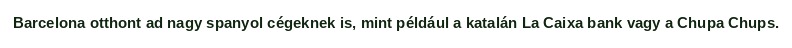
Barcelona otthont ad nagy spanyol cégeknek is, mint például a katalán La Caixa bank vagy a Chupa Chups.